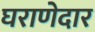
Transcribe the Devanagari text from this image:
घराणेदार